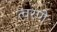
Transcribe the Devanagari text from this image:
त्वरणे